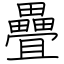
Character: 疊